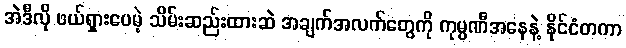
အဲဒီလို ဖယ်ရှားပေမဲ့ သိမ်းဆည်းထားဆဲ အချက်အလက်တွေကို ကုမ္ပဏီအနေနဲ့ နိုင်ငံတကာ